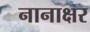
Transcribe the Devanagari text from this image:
नानाक्षर